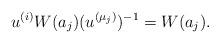
LaTeX: \begin{align*} u^{(i)} W(a_j) (u^{(\mu_j)})^{-1} = W(a_j). \end{align*}